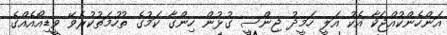
އަންހެންކުއްޖަކާ އެކު އަލީ ހަމީދު ޖިންސީ ގުޅުން ހިންގާ ކަމުގެ ތުހުމަތުކުރެވޭ ވީޑިއޯއެއްގެ